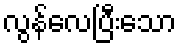
လွန်လေပြီးသော